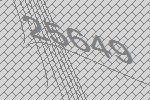
25649